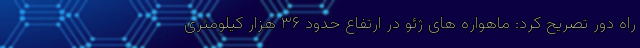
راه دور تصریح کرد: ماهواره های ژئو در ارتفاع حدود ۳۶ هزار کیلومتری